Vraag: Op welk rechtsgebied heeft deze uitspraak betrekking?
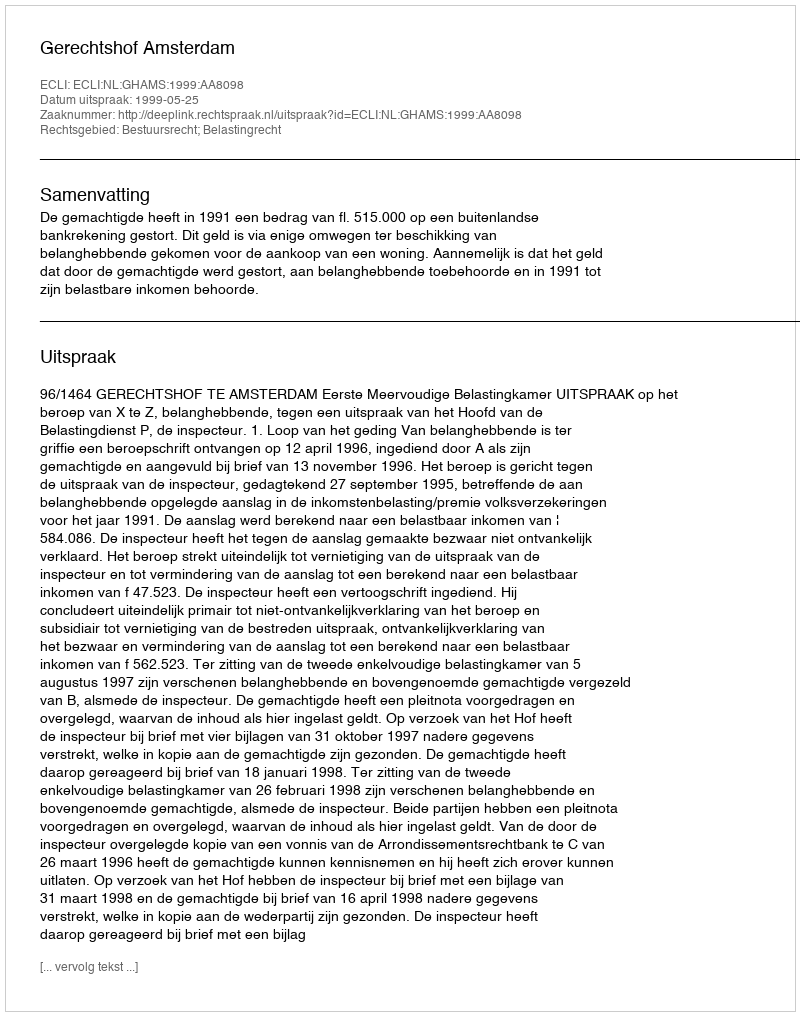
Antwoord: Bestuursrecht; Belastingrecht